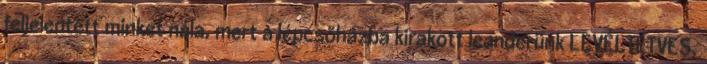
feljelentett minket nála, mert a lépcsőházba kirakott leanderünk LEVÉLTETVES.